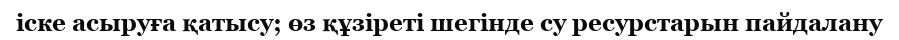
іске асыруға қатысу; өз құзіреті шегінде су ресурстарын пайдалану